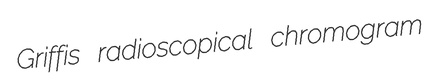
Griffis radioscopical chromogram